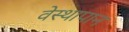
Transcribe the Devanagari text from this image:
वेस्थापान